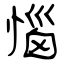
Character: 惱